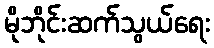
မိုဘိုင်းဆက်သွယ်ရေး